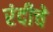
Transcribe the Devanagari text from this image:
रंदीचे